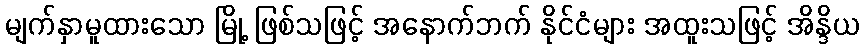
မျက်နှာမူထားသော မြို့ ဖြစ်သဖြင့် အနောက်ဘက် နိုင်ငံများ အထူးသဖြင့် အိန္ဒိယ